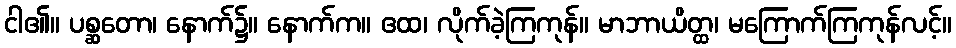
ငါ၏။ ပစ္ဆတော၊ နောက်၌။ နောက်က။ ဧထ၊ လိုက်ခဲ့ကြကုန်။ မာဘာယိတ္ထ၊ မကြောက်ကြကုန်လင့်။